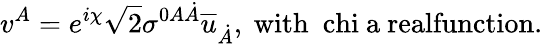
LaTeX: v^{A}=e^{i\chi}\sqrt{2}\sigma^{0A\dot{A}}\overline{{{u}}}_{\dot{A}},\ \mathrm{with~\ chi~a~realfunction.}